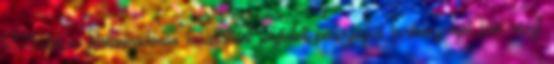
1875-től a Zeneakadémia tanáraként folytatott pedagógiai tevékenységet ben részt